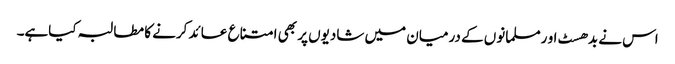
اس نے بدھسٹ او رمسلمانوں کے درمیان میں شادیوں پر بھی امتناع عائد کرنے کا مطالبہ کیاہے۔